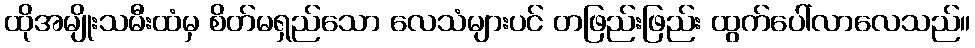
ထိုအမျိုးသမီးထံမှ စိတ်မရှည်သော လေသံများပင် တဖြည်းဖြည်း ထွက်ပေါ်လာလေသည်။